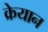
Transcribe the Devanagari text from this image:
क्रेयान